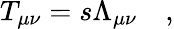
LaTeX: T_{\mu\nu}=s\Lambda_{\mu\nu}\quad,